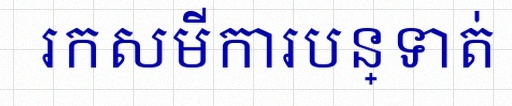
រកសមីការបន្ទាត់